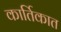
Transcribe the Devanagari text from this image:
कार्तिकात